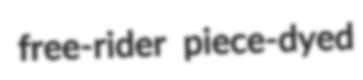
free-rider piece-dyed